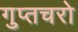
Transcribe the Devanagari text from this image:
गुप्‍तचरो